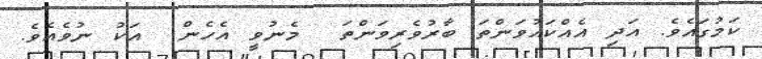
ކަމުގައެވެ. އަދި އެއްކައުވަންތަ ބާރުވެރިވަންތަ  މެނުވީ އެހެން  އަކު ނުވެއެވެ.